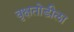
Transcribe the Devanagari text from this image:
वृक्षतोडीला